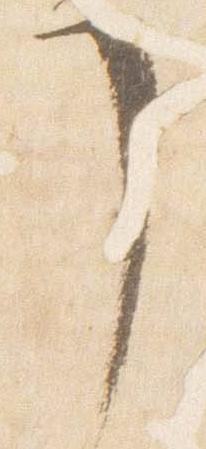
了